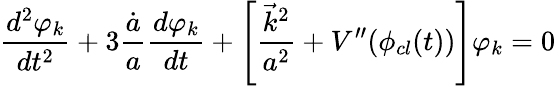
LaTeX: \frac{d^{2}\varphi_{k}}{dt^{2}}+3\frac{\dot{a}}{a}\frac{d\varphi_{k}}{dt}+\left[\frac{\vec{k}^{2}}{a^{2}}+V^{\prime\prime}(\phi_{cl}(t))\right]\varphi_{k}=0